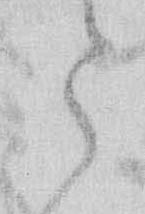
そ